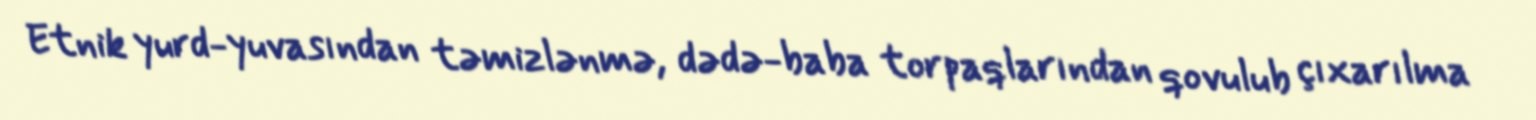
Etnik yurd-yuvasından təmizlənmə, dədə-baba torpaqlarından qovulub çıxarılma